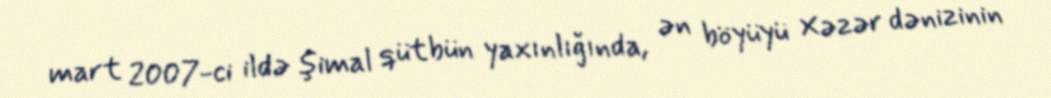
mart 2007-ci ildə şimal qütbün yaxınlığında, ən böyüyü Xəzər dənizinin